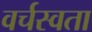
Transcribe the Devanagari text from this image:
वर्चस्वता